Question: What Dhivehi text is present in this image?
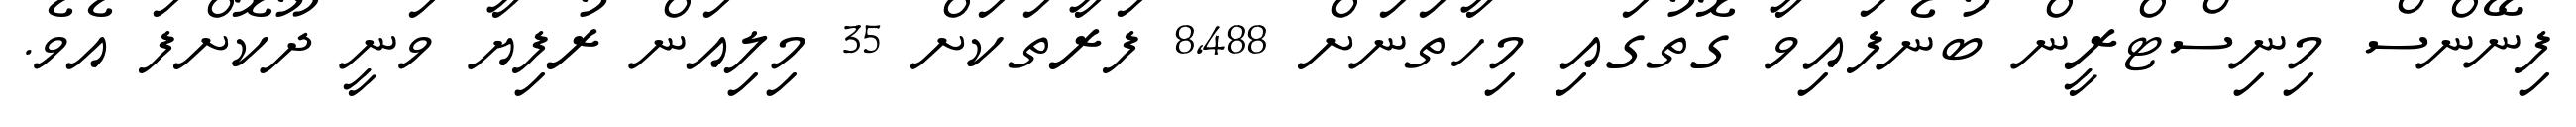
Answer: ފިނޭންސް މިނިސްޓްރީން ބުނެފައިވާ ގޮތުގައި މިހާތަނަށް 8,488 ފަރާތަކަށް 35 މިލިއަން ރުފިޔާ ވަނީ ދޫކޮށްފަ އެވެ.